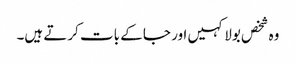
وہ شخص بولا کہیں اور جا کے بات کرتے ہیں۔